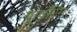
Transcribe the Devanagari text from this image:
बावरिंग